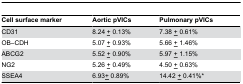
| Cell surface marker | Aortic pVICs | Pulmonary pVICs |
 | --- | --- | --- |
 | CD31 | 8.24 <underline>+</underline> 0.13% | 7.38 <underline>+</underline> 0.61% |
 | OB–CDH | 5.07 <underline>+</underline> 0.93% | 5.66 <underline>+</underline> 1.46% |
 | ABCG2 | 5.52 <underline>+</underline> 0.90% | 5.97 <underline>+</underline> 1.15% |
 | NG2 | 5.26 <underline>+</underline> 0.49% | 4.50 <underline>+</underline> 0.63% |
 | SSEA4 | 6.93<underline>+</underline> 0.89% | 14.42 <underline>+</underline> 0.41%* |